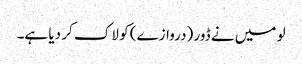
لو میں نے ڈور (دروازے) کو لاک کر دیا ہے۔